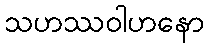
သဟဿဝါဟနော